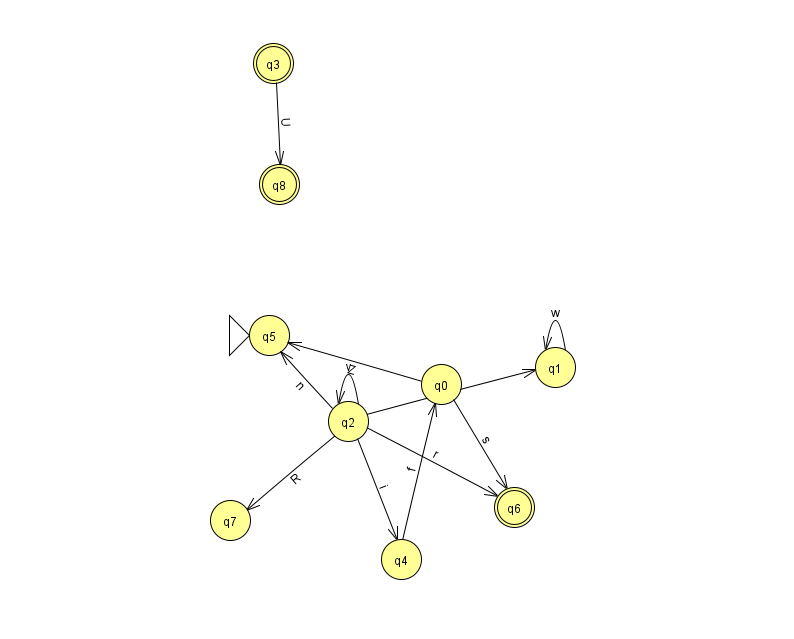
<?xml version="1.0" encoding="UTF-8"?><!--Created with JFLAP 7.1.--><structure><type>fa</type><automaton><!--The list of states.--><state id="0" name="q0"><x>441.0</x><y>371.0</y></state><state id="1" name="q1"><x>555.0</x><y>354.0</y></state><state id="2" name="q2"><x>348.0</x><y>408.0</y></state><state id="3" name="q3"><x>273.0</x><y>50.0</y><final/></state><state id="4" name="q4"><x>401.0</x><y>546.0</y></state><state id="5" name="q5"><x>269.0</x><y>322.0</y><initial/></state><state id="6" name="q6"><x>514.0</x><y>494.0</y><final/></state><state id="7" name="q7"><x>230.0</x><y>507.0</y></state><state id="8" name="q8"><x>279.0</x><y>171.0</y><final/></state><!--The list of transitions.--><transition><from>0</from><to>5</to><read>Z</read></transition><transition><from>2</from><to>1</to><read>Y</read></transition><transition><from>2</from><to>4</to><read>i</read></transition><transition><from>3</from><to>8</to><read>U</read></transition><transition><from>4</from><to>0</to><read>f</read></transition><transition><from>2</from><to>2</to><read>v</read></transition><transition><from>2</from><to>6</to><read>r</read></transition><transition><from>1</from><to>1</to><read>w</read></transition><transition><from>0</from><to>6</to><read>s</read></transition><transition><from>2</from><to>5</to><read>n</read></transition><transition><from>2</from><to>7</to><read>R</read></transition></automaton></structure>